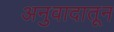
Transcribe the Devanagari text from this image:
अनुवादातून